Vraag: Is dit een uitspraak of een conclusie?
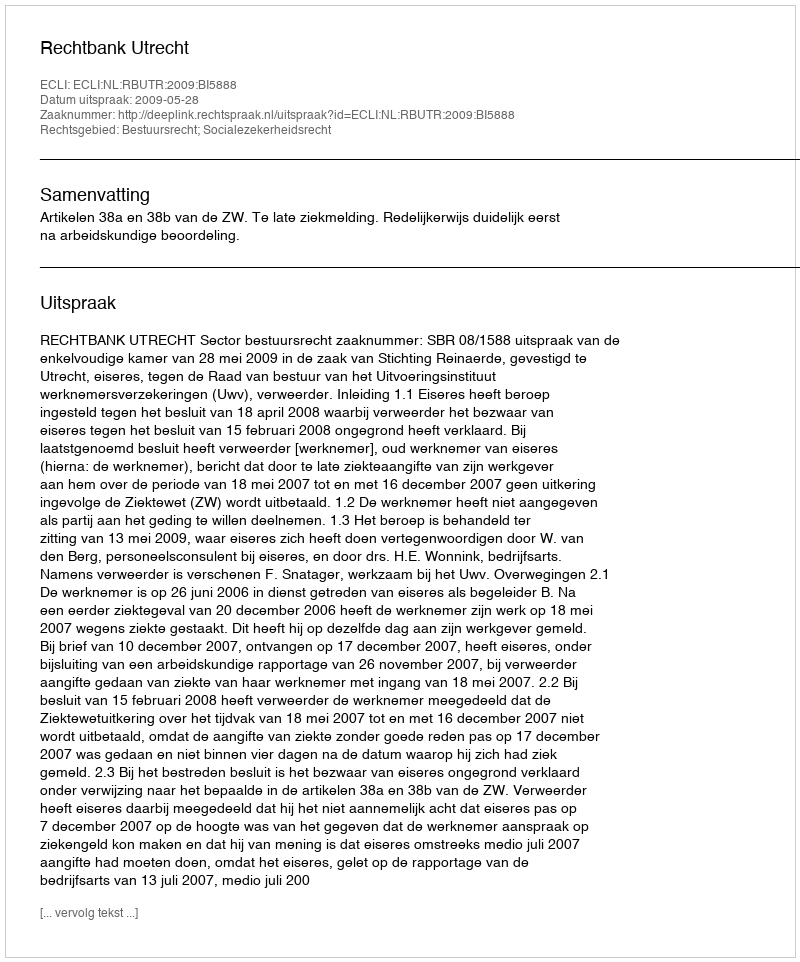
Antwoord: Uitspraak